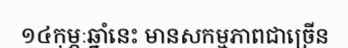
១៤កុម្ភៈឆ្នាំនេះ មានសកម្មភាពជាច្រើន